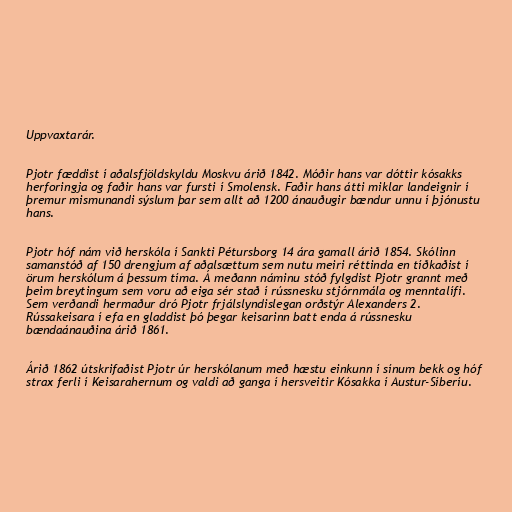
Uppvaxtarár.

Pjotr fæddist í aðalsfjöldskyldu Moskvu árið 1842. Móðir hans var dóttir kósakks
herforingja og faðir hans var fursti í Smolensk. Faðir hans átti miklar landeignir í
þremur mismunandi sýslum þar sem allt að 1200 ánauðugir bændur unnu í þjónustu
hans.

Pjotr hóf nám við herskóla í Sankti Pétursborg 14 ára gamall árið 1854. Skólinn
samanstóð af 150 drengjum af aðalsættum sem nutu meiri réttinda en tíðkaðist í
örum herskólum á þessum tíma. Á meðann náminu stóð fylgdist Pjotr grannt með
þeim breytingum sem voru að eiga sér stað í rússnesku stjórnmála og menntalífi.
Sem verðandi hermaður dró Pjotr frjálslyndislegan orðstýr Alexanders 2.
Rússakeisara í efa en gladdist þó þegar keisarinn batt enda á rússnesku
bændaánauðina árið 1861.

Árið 1862 útskrifaðist Pjotr úr herskólanum með hæstu einkunn í sínum bekk og hóf
strax ferli í Keisarahernum og valdi að ganga í hersveitir Kósakka í Austur-Síberíu.